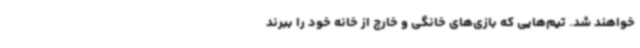
خواهند شد. تیم‌هایی که بازی‌های خانگی و خارج از خانه خود را ببرند